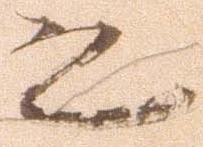
恐